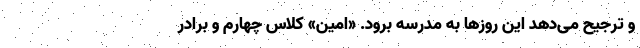
و ترجیح می‌دهد این روزها به مدرسه برود. «امین» کلاس چهارم و برادر